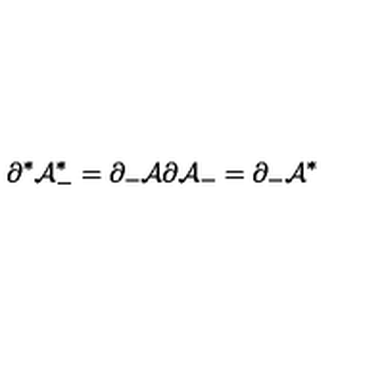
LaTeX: \partial ^ { * } { \cal A } _ { - } ^ { * } = \partial _ { - } { \cal A } \partial { \cal A } _ { - } = \partial _ { - } { \cal A } ^ { * }